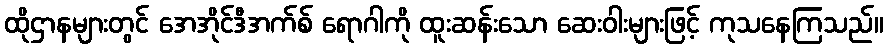
ထိုဌာနများတွင် အေအိုင်ဒီအက်စ် ရောဂါကို ထူးဆန်းသော ဆေးဝါးများဖြင့် ကုသနေကြသည်။